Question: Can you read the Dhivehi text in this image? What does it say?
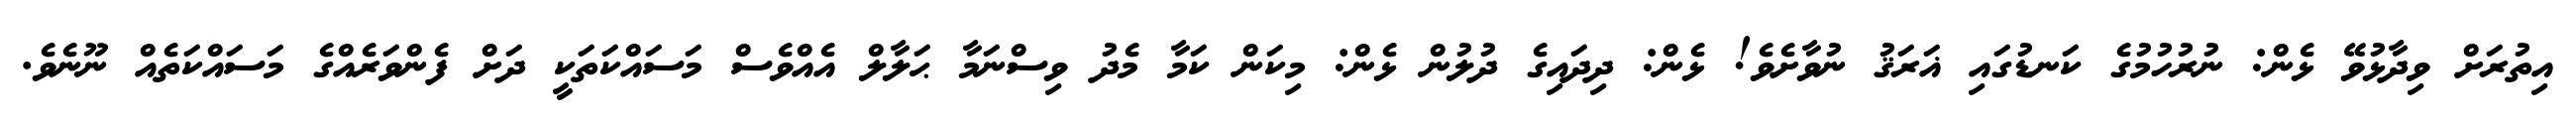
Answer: އިތުރަށް ވިދާޅުވޭ ޅެން: ނުރުހުމުގެ ކަނޑުގައި ޣަރަޤު ނުވާށެވެ! ޅެން: ދިދައިގެ ދުލުން ޅެން: މިކަން ކަމާ މެދު ވިސްނަމާ ޙަލާލް އެއްވެސް މަސައްކަތަކީ ދަށް ފެންވަރެއްގެ މަސައްކަތެއް ނޫނެވެ.